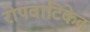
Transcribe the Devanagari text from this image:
रोपवाटिकेत